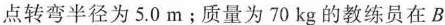
点转弯半径为5.0m﹔质量为70kg的教练员在B